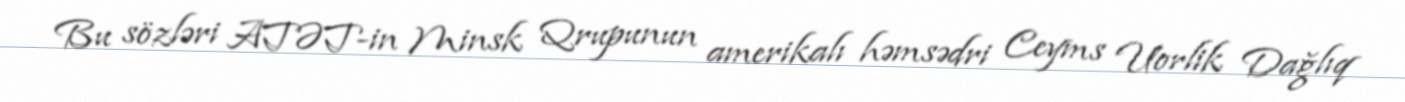
Bu sözləri ATƏT-in Minsk Qrupunun amerikalı həmsədri Ceyms Uorlik Dağlıq